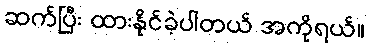
ဆက်ပြီး ထားနိုင်ခဲ့ပါတယ် အကိုရယ်။